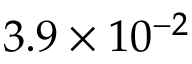
3 . 9 \times 1 0 ^ { - 2 }